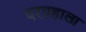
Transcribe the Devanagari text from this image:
परग्रहाला